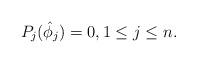
LaTeX: \begin{align*} P_j(\hat\phi_j)=0, 1 \leq j \leq n.\end{align*}